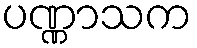
ပဏ္ဏာသက